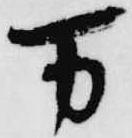
万